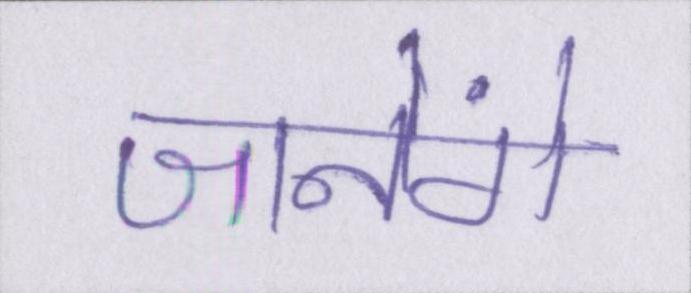
जानेंगे